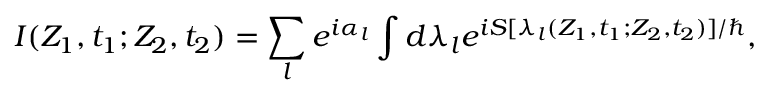
I ( Z _ { 1 } , t _ { 1 } ; Z _ { 2 } , t _ { 2 } ) = \sum _ { l } e ^ { i \alpha _ { l } } \int d \lambda _ { l } e ^ { i S [ \lambda _ { l } ( Z _ { 1 } , t _ { 1 } ; Z _ { 2 } , t _ { 2 } ) ] / \hbar } ,